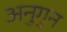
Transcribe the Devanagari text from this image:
अनुगुन